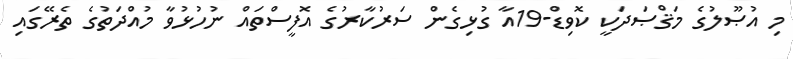
މި އުޞޫލުގެ މަޤްޞަދަކީ ކޮވިޑް-19އާ ގުޅިގެން ސަރުކާރުގެ އޮފީސްތައް ނުހުޅުވާ މުއްދަތުގެ ތެރޭގައި